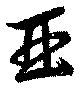
亜